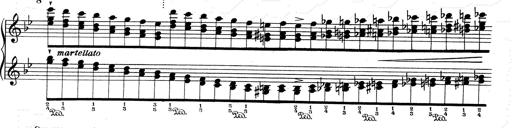
Title: RÃ©miniscences de Don Juan
Composer: Franz Liszt